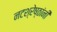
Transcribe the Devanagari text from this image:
नटश्रेष्ठांनी